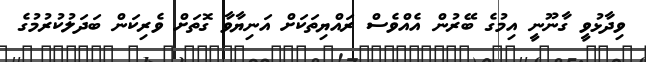
ވިދާޅުވީ ގާނޫނީ އިމުގެ ބޭރުން އެއްވެސް ރައްޔިތަކަށް އަނިޔާވާ ގޮތަށް ވެރިކަން ބަދަލުކުރުމުގެ